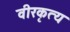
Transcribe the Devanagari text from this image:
वीरकृत्य